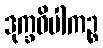
ဒုက္ခဝိပါကဉ္စ